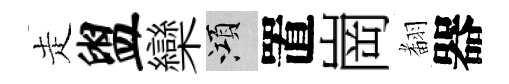
走盥欒澒置崗𮋒器